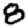
Digit: 8